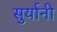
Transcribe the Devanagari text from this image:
सुर्यानी